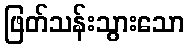
ဖြတ်သန်းသွားသော